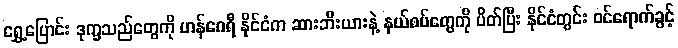
ရွှေ့ပြောင်း ဒုက္ခသည်တွေကို ဟန်ဂေရီ နိုင်ငံက ဆားဘီးယားနဲ့ နယ်စပ်တွေကို ပိတ်ပြီး နိုင်ငံတွင်း ဝင်ရောက်ခွင့်